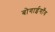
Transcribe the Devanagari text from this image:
बोगाईगाँव